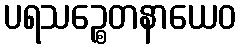
ပရသဉ္စေတနာယေဝ